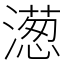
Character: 濍